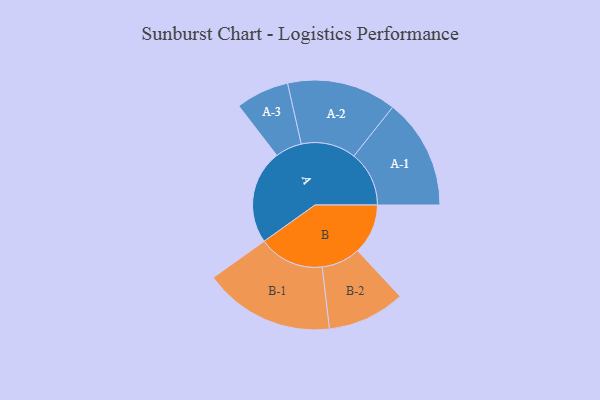
{"axis": {"x": "Segment", "y": "Value"}, "legend": ["", "A", "B"], "data": [{"x": "A", "y": 421, "type": ""}, {"x": "B", "y": 225, "type": ""}, {"x": "A-1", "y": 247, "type": "A"}, {"x": "A-2", "y": 245, "type": "A"}, {"x": "A-3", "y": 119, "type": "A"}, {"x": "B-1", "y": 293, "type": "B"}, {"x": "B-2", "y": 174, "type": "B"}]}